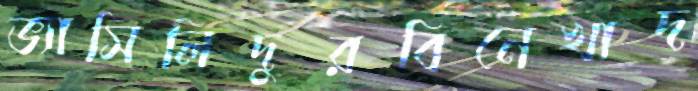
ভ্যাসিলিদুরবিনেখাদ